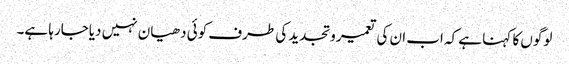
لوگوں کا کہنا ہے کہ اب ان کی تعمیر وتجدید کی طرف کوئی دھیان نہیں دیاجارہا ہے۔